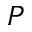
P